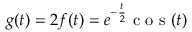
g ( t ) = 2 f ( t ) = e ^ { - \frac { t } { 2 } } \mathrm { ~ c ~ o ~ s ~ } ( t )